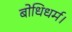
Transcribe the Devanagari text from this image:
बोधिधर्म।